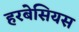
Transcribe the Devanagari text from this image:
हरबेसियस